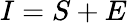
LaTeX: I=S+E